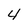
Character: 4